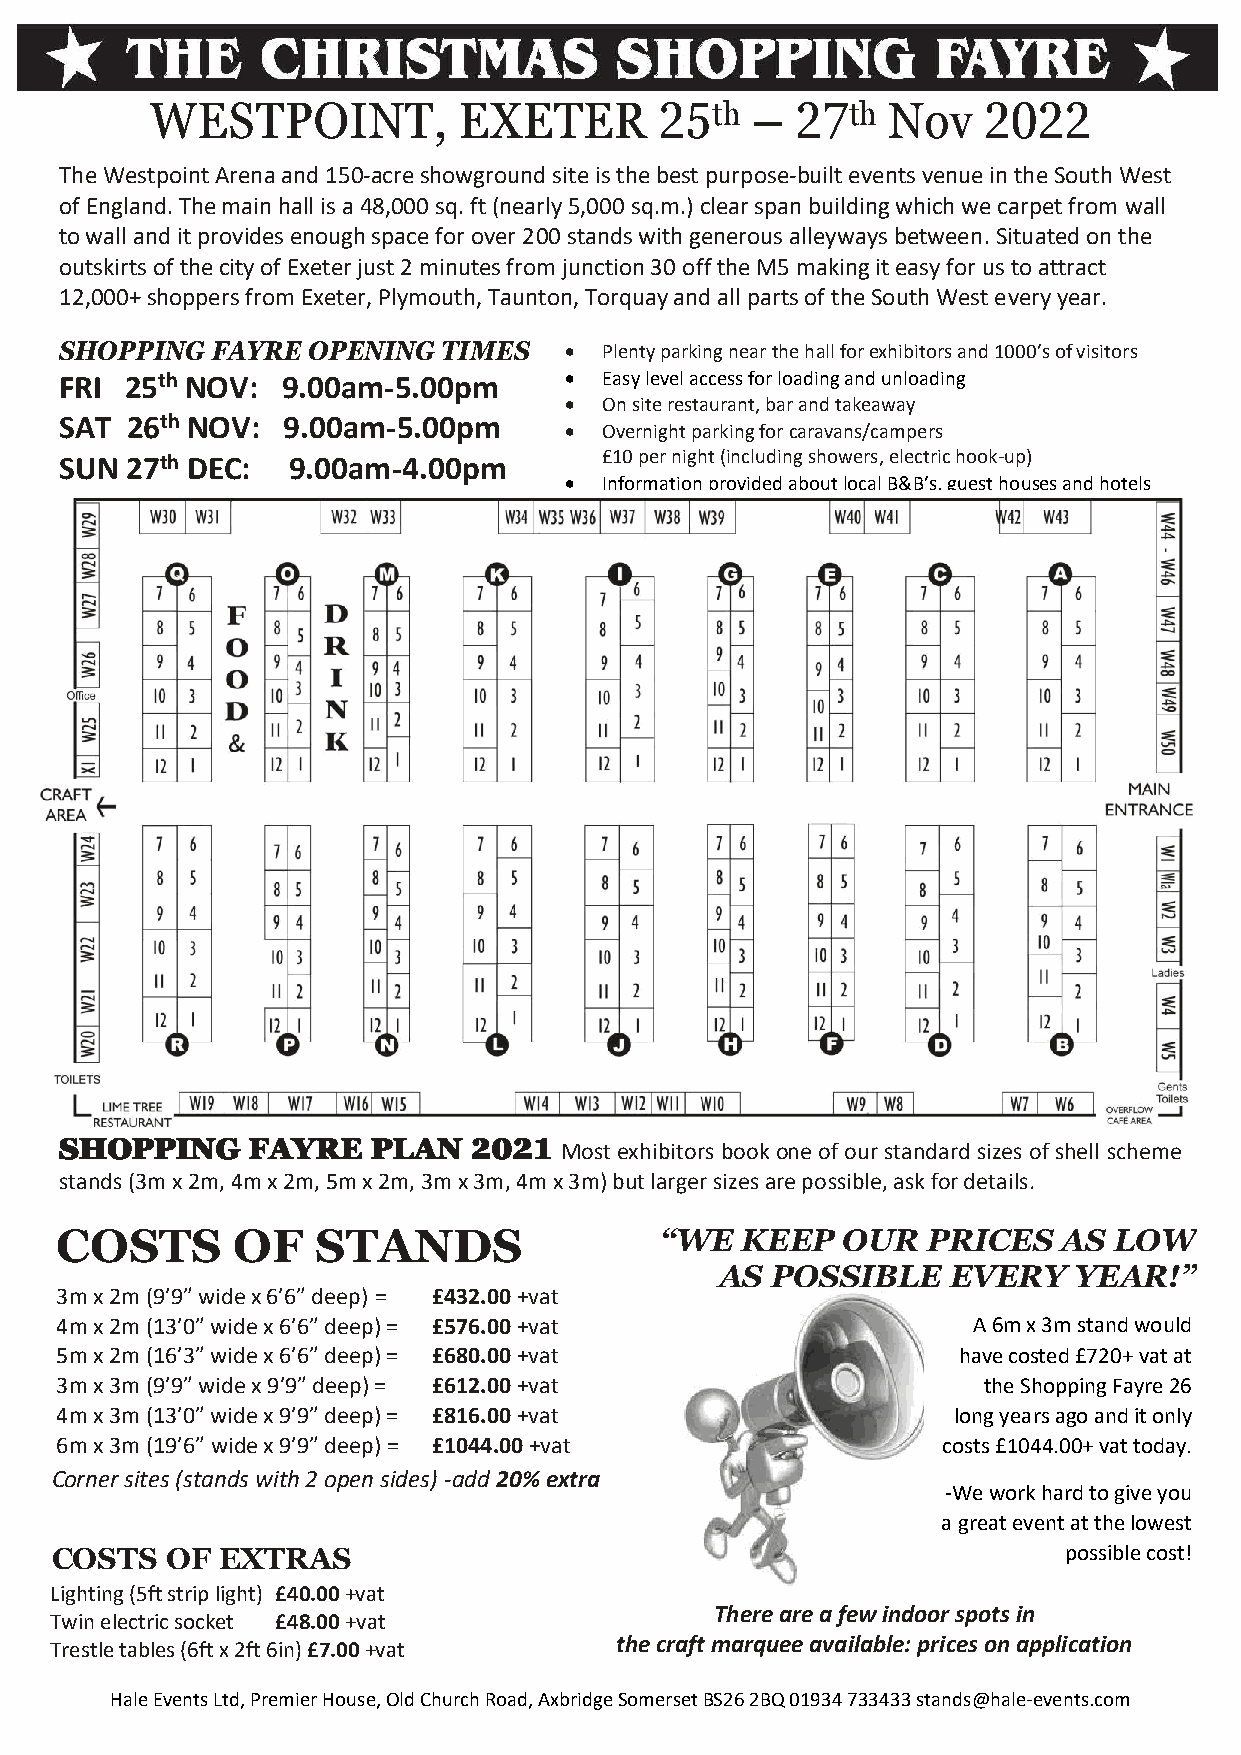
WESTPOINT,          EXETER        25th  –  27th  Nov   2022
 The Westpoint Arena and 150-acre showground site is the best purpose-built events venue in the South West
 of England. The main hall is a 48,000 sq. ft (nearly 5,000 sq.m.) clear span building which we carpet from wall
 to wall and it provides enough space for over 200 stands with generous alleyways between. Situated on the
 outskirts of the city of Exeter just 2 minutes from junction 30 off the M5 making it easy for us to attract
 12,000+ shoppers from Exeter, Plymouth, Taunton, Torquay and all parts of the South West every year.
 SHOPPING  FAYRE OPENING  TIMES   •  Ple nty parking near the hall for exhibitors and 1000’s of visitors
 FRI 25th NOV:  9.00am-5.00pm     •  Easy level access for loading and unloading
 •  On site restaurant, bar and takeaway
 SAT 26th NOV:  9.00am-5.00pm
 •  Overnight parking for caravans/campers
 SUN 27th DEC:  9.00am-4.00pm        £10 per night (including showers, electric hook-up)
 •  Information provided about local B&B’s, guest houses and hotels
 SHOPPING    FAYRE    PLAN  2021  Most exhibitors book one of our standard sizes of shell scheme
 stands (3m x 2m, 4m x 2m, 5m x 2m, 3m x 3m, 4m x 3m) but larger sizes are possible, ask for details.
 COSTS      OF    STANDS                 “WE  KEEP   OUR  PRICES   AS  LOW
 AS POSSIBLE    EVERY   YEAR!”
 3m x 2m (9’9” wide x 6’6” deep) = £432.00 +vat
 4m x 2m (13’0” wide x 6’6” deep) = £576.00 +vat             A 6m x 3m stand would
 5m x 2m (16’3” wide x 6’6” deep) = £680.00 +vat            have costed £720+ vat at
 3m x 3m (9’9” wide x 9’9” deep) = £612.00 +vat               the Shopping Fayre 26
 4m x 3m (13’0” wide x 9’9” deep) = £816.00 +vat            long years ago and it only
 6m x 3m (19’6” wide x 9’9” deep) = £1044.00 +vat          costs £1044.00+ vat today.
 Corner sites (stands with 2 open sides) -add 20% extra
 -We work hard to give you
 a great event at the lowest
 COSTS   OF EXTRAS                                                  possible cost!
 Lighting (5ft strip light) £40.00 +vat
 There are a few indoor spots in
 Twin electric socket £48.00 +vat
 Trestle tables (6ft x 2ft 6in) £7.00 +vat the craft marquee available: prices on application
 Hale Events Ltd, Premier House, Old Church Road, Axbridge Somerset BS26 2BQ 01934 733433 stands@hale-events.com